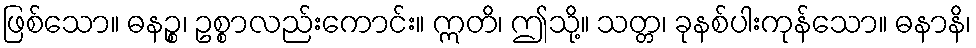
ဖြစ်သော။ ဓနဉ္စ၊ ဥစ္စာလည်းကောင်း။ ဣတိ၊ ဤသို့။ သတ္တ၊ ခုနစ်ပါးကုန်သော။ ဓနာနိ၊